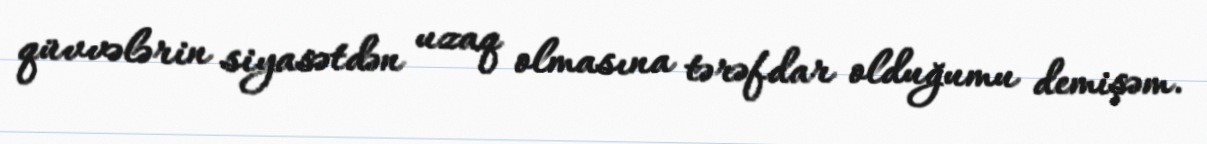
qüvvələrin siyasətdən uzaq olmasına tərəfdar olduğumu demişəm.